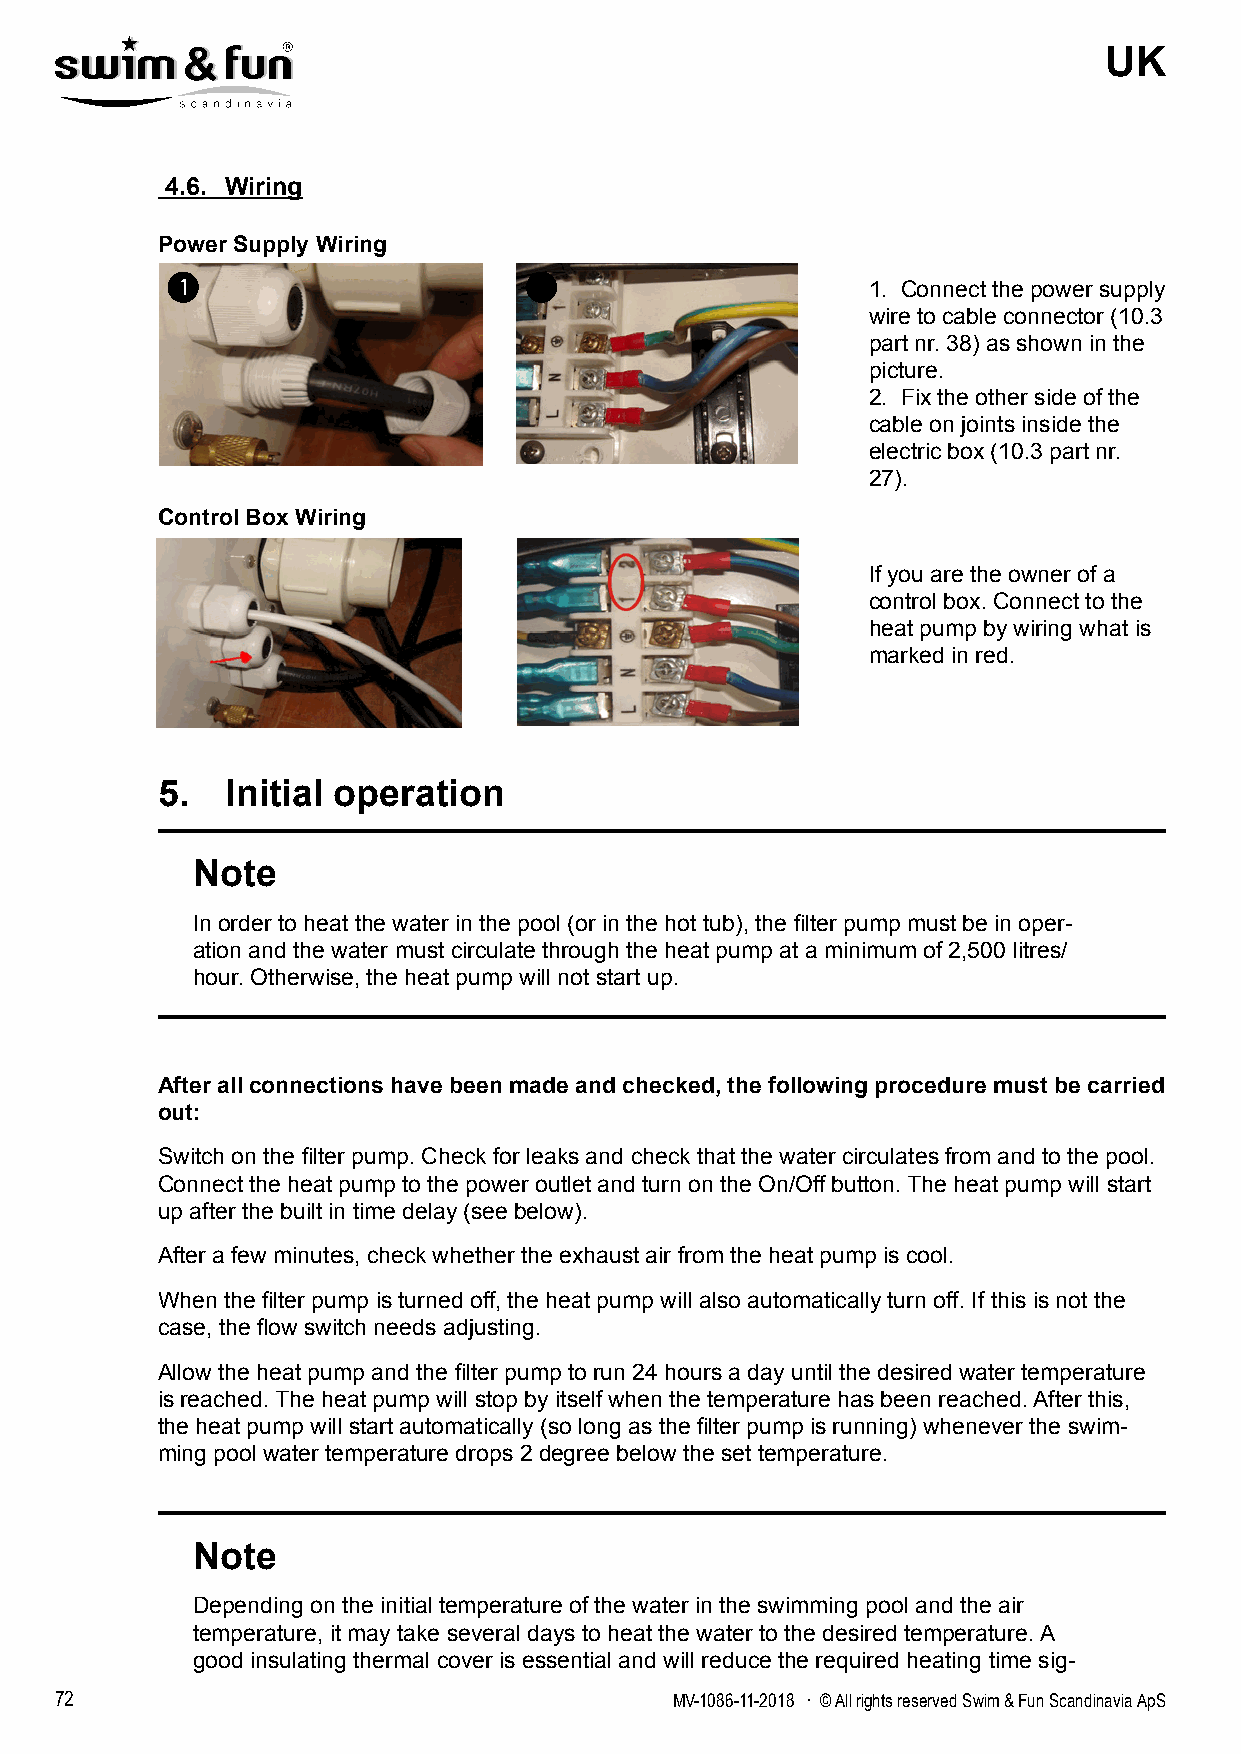
UK
 4.6. Wiring
 Power Supply Wiring
 1. Connect the power supply
 wire to cable connector (10.3
 part nr. 38) as shown in the
 picture.
 2. Fix the other side of the
 cable on joints inside the
 electric box (10.3 part nr.
 27).
 Control Box Wiring
 If you are the owner of a
 control box. Connect to the
 heat pump by wiring what is
 marked in red.
 5.   Initial operation
 Note
 In order to heat the water in the pool (or in the hot tub), the filter pump must be in oper-
 ation and the water must circulate through the heat pump at a minimum of 2,500 litres/
 hour. Otherwise, the heat pump will not start up.
 After all connections have been made and checked, the following procedure must be carried
 out:
 Switch on the filter pump. Check for leaks and check that the water circulates from and to the pool.
 Connect the heat pump to the power outlet and turn on the On/Off button. The heat pump will start
 up after the built in time delay (see below).
 After a few minutes, check whether the exhaust air from the heat pump is cool.
 When the filter pump is turned off, the heat pump will also automatically turn off. If this is not the
 case, the flow switch needs adjusting.
 Allow the heat pump and the filter pump to run 24 hours a day until the desired water temperature
 is reached. The heat pump will stop by itself when the temperature has been reached. After this,
 the heat pump will start automatically (so long as the filter pump is running) whenever the swim-
 ming pool water temperature drops 2 degree below the set temperature.
 Note
 Depending on the initial temperature of the water in the swimming pool and the air
 temperature, it may take several days to heat the water to the desired temperature. A
 good insulating thermal cover is essential and will reduce the required heating time sig-
 72                                      MV-1086-11-2018 . © All rights reserved Swim & Fun Scandinavia ApS